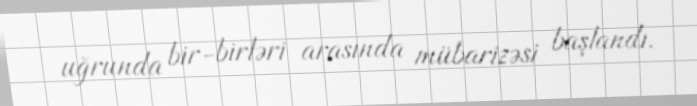
uğrunda bir-birləri arasında mübarizəsi başlandı.